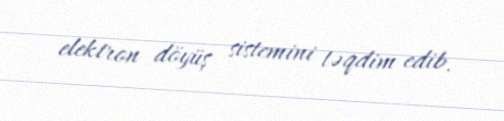
elektron döyüş sistemini təqdim edib.